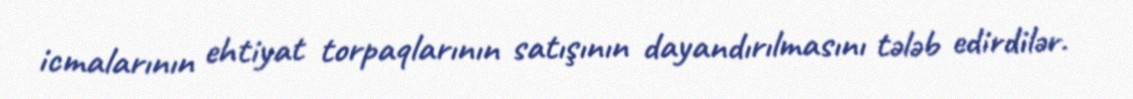
icmalarının ehtiyat torpaqlarının satışının dayandırılmasını tələb edirdilər.